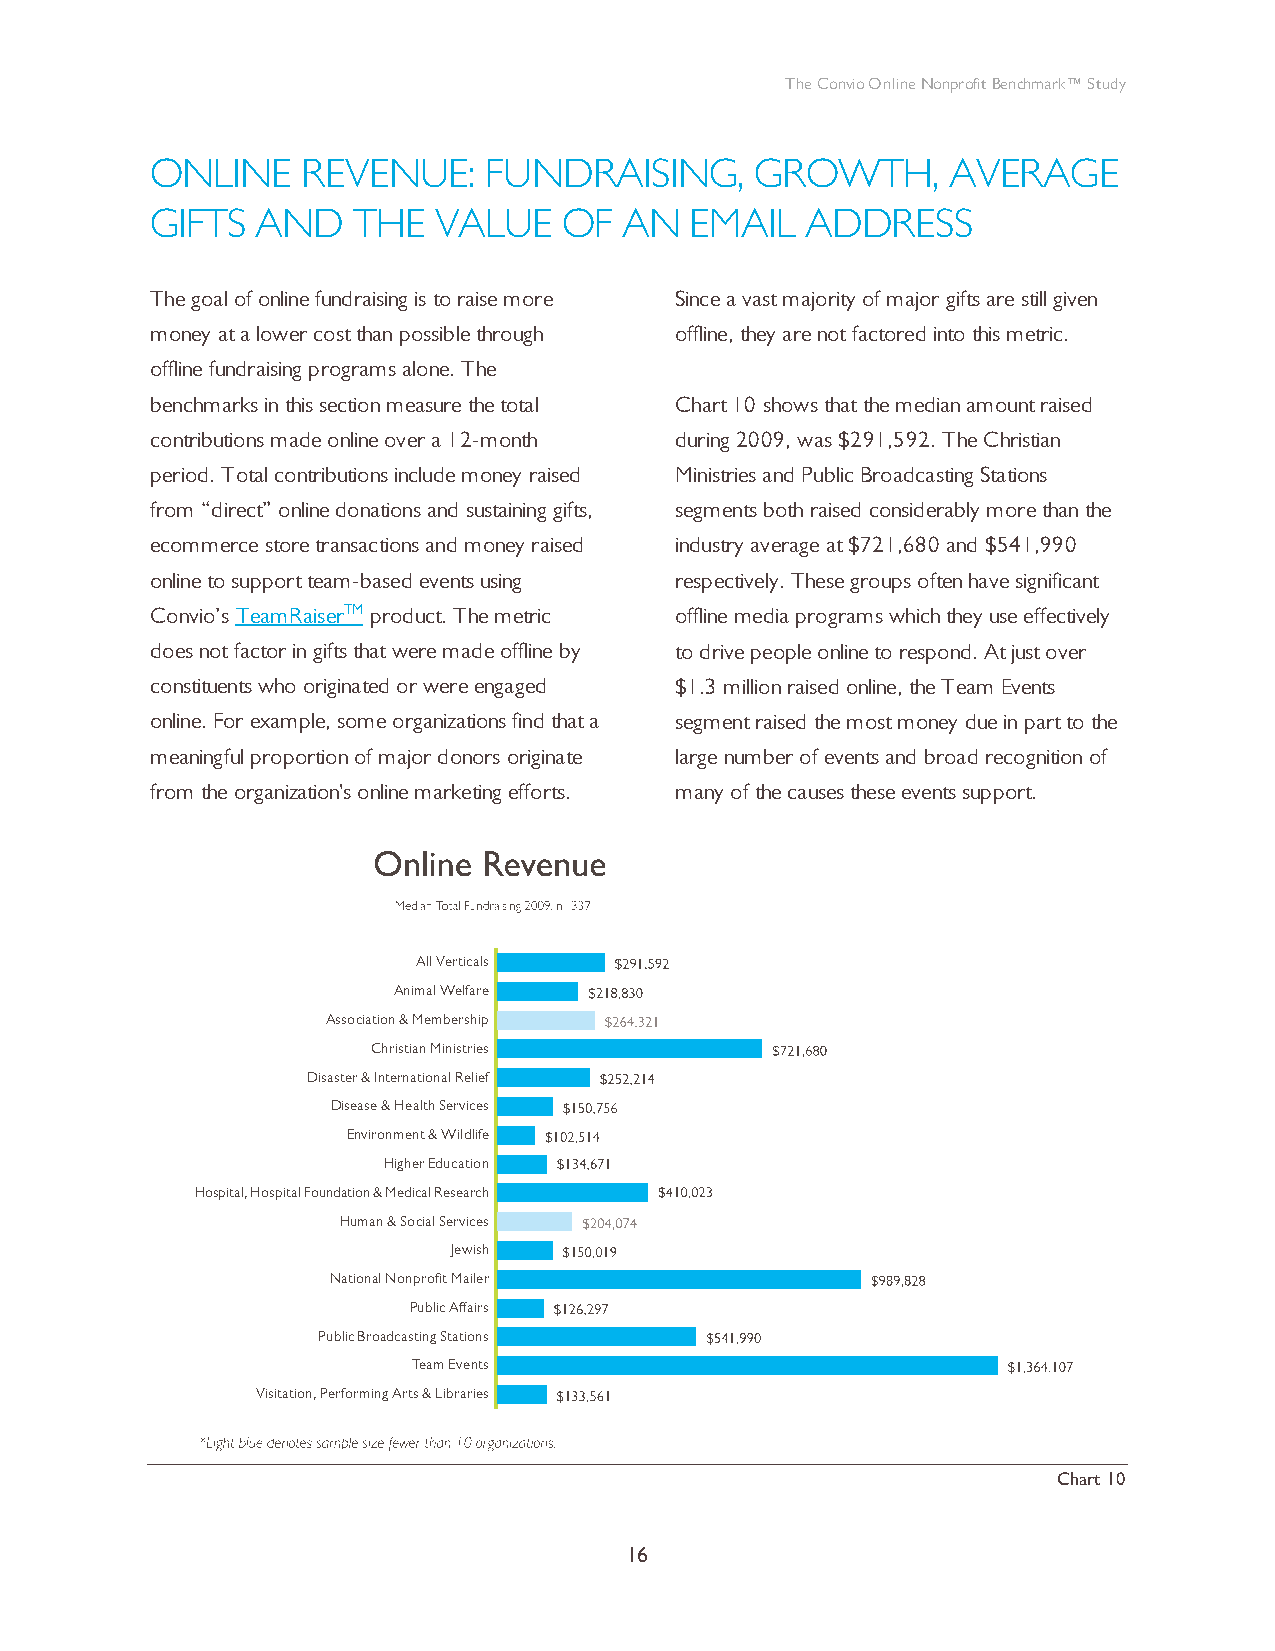
The Convio Online Nonprofit Benchmark™ Study
 ONLINE    REVENUE:    FUNDRAISING,      GROWTH,      AVERAGE
 GIFTS  AND   THE   VALUE   OF  AN   EMAIL  ADDRESS
 The goal of online fundraising is to raise more Since a vast majority of major gifts are still given
 money at a lower cost than possible through offline, they are not factored into this metric.
 offline fundraising programs alone. The
 benchmarks in this section measure the total Chart 10 shows that the median amount raised
 contributions made online over a 12-month during 2009, was $291,592. The Christian
 period. Total contributions include money raised Ministries and Public Broadcasting Stations
 from “direct” online donations and sustaining gifts, segments both raised considerably more than the
 ecommerce store transactions and money raised industry average at $721,680 and $541,990
 online to support team-based events using respectively. These groups often have significant
 Convio’s TeamRaiserTM product. The metric offline media programs which they use effectively
 does not factor in gifts that were made offline by to drive people online to respond. At just over
 constituents who originated or were engaged $1.3 million raised online, the Team Events
 online. For example, some organizations find that a segment raised the most money due in part to the
 meaningful proportion of major donors originate large number of events and broad recognition of
 from the organization's online marketing efforts. many of the causes these events support.
 All Verticals
 Animal Welfare
 Association & Membership
 Christian Ministries
 Disaster & International Relief
 Disease & Health Services
 Environment & Wildlife
 Higher Education
 Hospital, Hospital Foundation & Medical Research
 Human & Social Services
 Jewish
 National Nonprofit Mailer
 Public Affairs
 Public Broadcasting Stations
 Team Events
 Visitation, Performing Arts & Libraries
 0    300000 600000  900000 1200000 1500000
 Chart 10
 16